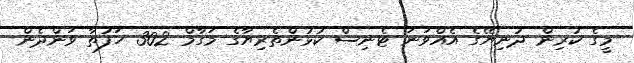
މީގެ ކުރިން ދުނިޔޭގެ އެއްވަނަ ޓެނިސް ކުޅުންތެރިޔާގެ މަގާމް 302 ހަފުތާ ވަންދެން